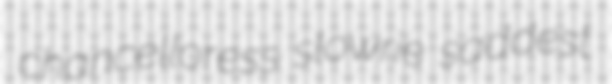
chancelloress slowrie saddest